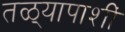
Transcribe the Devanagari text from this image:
तळ्यापाशीं